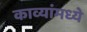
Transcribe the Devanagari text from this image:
काव्यांमध्ये